Annual report on the working of the lock hospitals in the North-Western Provinces and Oudh
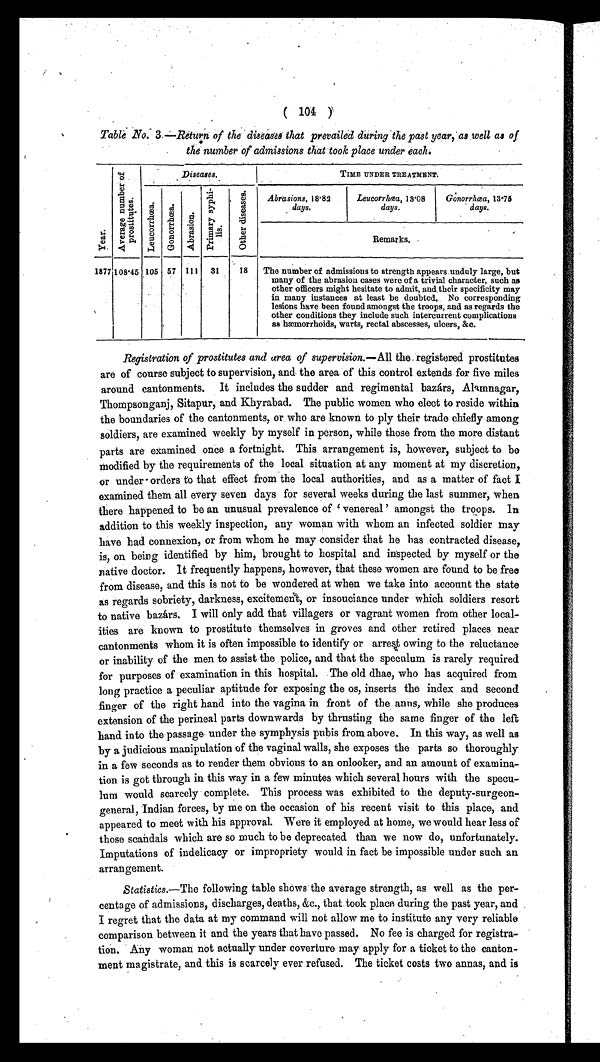
( 104 )
Table No.3.—Return of the diseases that prevailed during the past year, as well as of
the number of admissions that took place under each.
Y e a r .
A v e r a g e n u m b e r o f p r o s t i t u t e s .
Diseases.
TIME UNDER TREATMENT.
L e u c o r r h œ a . G o n o r r h œ a .
A b r a s i o n .
P r i m a r y s y p h i l i s .
O t h e r d i s e a s e s .
Abrasions, 18.8
2 days
Leucorrhœa, 13.08
days.
Gonorrhœa, 13.75
days.
Remarks.
1877 108.45 105 57 111 31
18 The number of admissions to strength appears unduly large, but
many of the abrasion cases were of a trivial character, such as
other officers might hesitate to admit, and their specificity may
in many instances at least be doubted. No corresponding
lesions have been found amongst the troops, and as regards the
other conditions they include such intercurrent complications
as hæmorrhoids, warts, rectal abscesses, ulcers, &c.
Registration of prostitutes and area of supervision.— All the registered prostitutes
are of course subject to supervision, and the area of this control extends for five miles
around cantonments. It includes the sudder and regimental bazárs, Alamnagar,
Thompsonganj, Sitapur, and Khyrabad. The public women who elect to reside within
the boundaries of the cantonments, or who are known to ply their trade chiefly among
soldiers, are examined weekly by myself in person, while those from the more distant
parts are examined once a fortnight. This arrangement is, however, subject to be
modified by the requirements of the local situation at any moment at my discretion,
or under orders to that effect from the local authorities, and as a matter of fact I
examined them all every seven days for several weeks during the last summer, when
there happened to be an unusual prevalence of 'venereal' amongst the troops. I n
addition to this weekly inspection, any woman with whom an infected soldier may
have had connexion, or from whom he may consider that he has contracted disease,
is, on being identified by him, brought to hospital and inspected by myself or the
native doctor. It frequently happens, however, that these women are found to be free
from disease, and this is not to be wondered at when we take into account the state
as regards sobriety, darkness, excitement, or insouciance under which soldiers resort
to native bazárs. I will only add that villagers or vagrant women from other local-
ities are known to prostitute themselves in groves and other retired places near
cantonments whom it is often impossible to identify or arrest owing to the reluctance
or inability of the men to assist the police, and that the speculum is rarely required
for purposes of examination in this hospital. The old dhae, who has acquired from
long practice a peculiar aptitude for exposing the os, inserts the index and second
finger of the right hand into the vagina in front of the antis, while she produces
extension of the perineal parts downwards by thrusting the same finger of the left
hand into the passage under the symphysis pubis from above. In this way, as well as
by a judicious manipulation of the vaginal walls, she exposes the parts so thoroughly
in a few seconds as to render them obvious to an onlooker, and an amount of examina-
tion is got through in this way in a few minutes which several hours with the specu-
lum would scarcely complete. This process was exhibited to the deputy-surgeon-
general, Indian forces, by me on the occasion of his recent visit to this place, and
appeared to meet with his approval. Were it employed at home, we would hear less of
those scandals which are so much to be deprecated than we now do, unfortunately.
Imputations of indelicacy or impropriety would in fact be impossible under such an
arrangement.
Statistics.—The following table shows the average strength, as well as the per-
centage of admissions, discharges, deaths, &c., that took place during the past year, and
I regret that the data at my command will not allow me to institute any very reliable
comparison between it and the years that have passed. No fee is charged for registra-
tion. Any woman not actually under coverture may apply for a ticket to the canton-
ment magistrate, and this is scarcely ever refused. The ticket costs two annas, and is